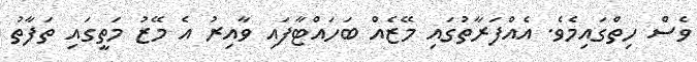
ވެސް ހިތްގައިމެވެ. އެއްފަރާތުގައި މޭޒެއް ބަހައްޓާފައި ވާއިރު އެ މޭޒު މަތީގައި ތަފާތު